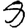
Digit: 8